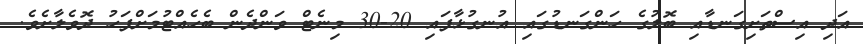
އަދި އިސްތަށިގަނޑާއި ބޮލުގެ ހަންގަނޑުގައި އުނގުޅާފައި 20-30 މިނެޓް ވަންދެން ބެހެއްޓުމަށްފަހު ދޮވެލާށެވެ.